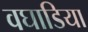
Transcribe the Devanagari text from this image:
वघाडिया